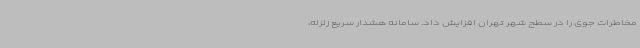
مخاطرات جوی را در سطح شهر تهران افزایش داد. سامانه هشدار سریع زلزله،